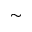
\sim